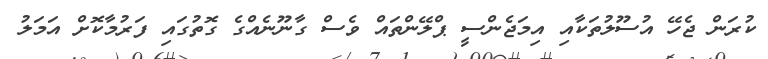
ކުރަން ޖެހޭ އުސޫލުތަކާއި އިމަޖެންސީ ޕްލޭންތައް ވެސް ގާނޫނެއްގެ ގޮތުގައި ފަރުމާކޮށް އަމަލު